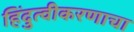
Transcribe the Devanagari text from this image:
हिंदुत्वीकरणाचा